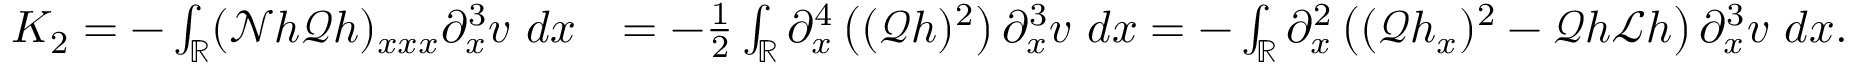
\begin{array} { r l } { K _ { 2 } = - \int _ { \mathbb R } ( \mathscr { N } h \mathscr { Q } h ) _ { x x x } \partial _ { x } ^ { 3 } v \ d x } & { = - \frac { 1 } { 2 } \int _ { \mathbb R } \partial _ { x } ^ { 4 } \left( ( \mathscr { Q } h ) ^ { 2 } \right) \partial _ { x } ^ { 3 } v \ d x = - \int _ { \mathbb R } \partial _ { x } ^ { 2 } \left( ( \mathscr { Q } h _ { x } ) ^ { 2 } - \mathscr { Q } h \mathscr { L } h \right) \partial _ { x } ^ { 3 } v \ d x . } \end{array}